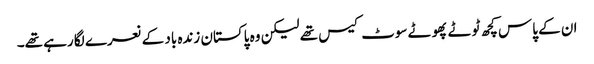
ان کے پاس کچھ ٹوٹے پھوٹے سوٹ کیس تھے لیکن وہ پاکستان زندہ باد کے نعرے لگا رہے تھے۔